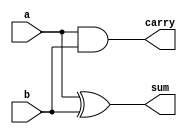
`timescale 1ns / 1ps
//////////////////////////////////////////////////////////////////////////////////
// Company: 
// Engineer: 
// 
// Design Name: 
// Module Name: HA_dataflow
// Project Name: 
// Target Devices: 
// Tool Versions: 
// Description: 
// 
// Dependencies: 
// 
// Revision:
// Revision 0.01 - File Created
// Additional Comments:
// 
//////////////////////////////////////////////////////////////////////////////////


module HA_behavioural(
    input a,
    input b,
    output reg sum,
    output reg carry
    );
    always @(*)
    begin
    sum=a^b;
    carry=a&b;
    end
    
endmodule